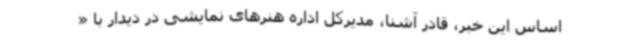
اساس این خبر، قادر آشنا، مدیرکل اداره هنرهای نمایشی در دیدار با «